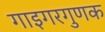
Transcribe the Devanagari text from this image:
गाइगरगुणक